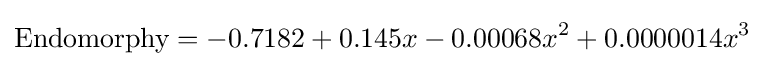
{\text{Endomorphy}}=-0.7182+0.145x-0.00068x^{2}+0.0000014x^{3}